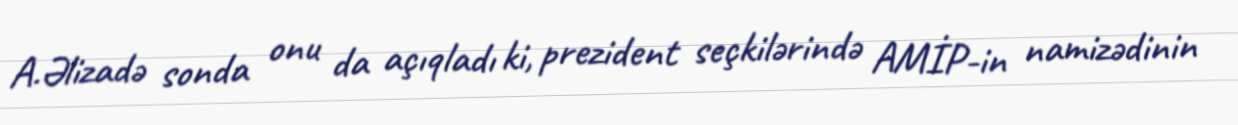
A.Əlizadə sonda onu da açıqladı ki, prezident seçkilərində AMİP-in namizədinin